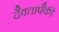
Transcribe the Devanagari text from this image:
दैवतांपैकी